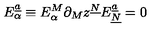
E _ { \alpha } ^ { \underline { { a } } } \equiv E _ { \alpha } ^ { M } \partial _ { M } z ^ { \underline { { N } } } E _ { \underline { { N } } } ^ { \underline { { a } } } = 0